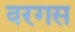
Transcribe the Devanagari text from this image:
वरगस